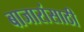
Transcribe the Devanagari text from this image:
बाजारांसाठी